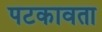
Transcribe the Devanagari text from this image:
पटकावता